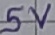
Text: 5V